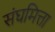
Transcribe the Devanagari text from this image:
संघमित्ता